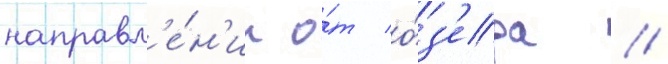
направл'е́н'ии о́т о́з'ера /